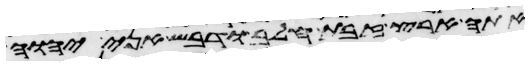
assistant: אתה ארץ זבת חלב ודבש אני יהוה